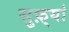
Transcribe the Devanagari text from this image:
सुफ़्यां